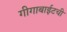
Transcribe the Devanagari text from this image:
गीगाबाईटची